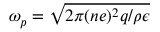
\omega _ { p } = \sqrt { 2 \pi ( n e ) ^ { 2 } q / \rho \epsilon }